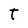
Character: t